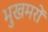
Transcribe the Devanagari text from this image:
भुखमरों